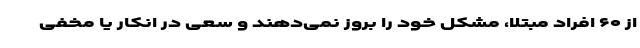
از ۶۰ افراد مبتلا، مشکل خود را بروز نمی‌دهند و سعی در انکار یا مخفی